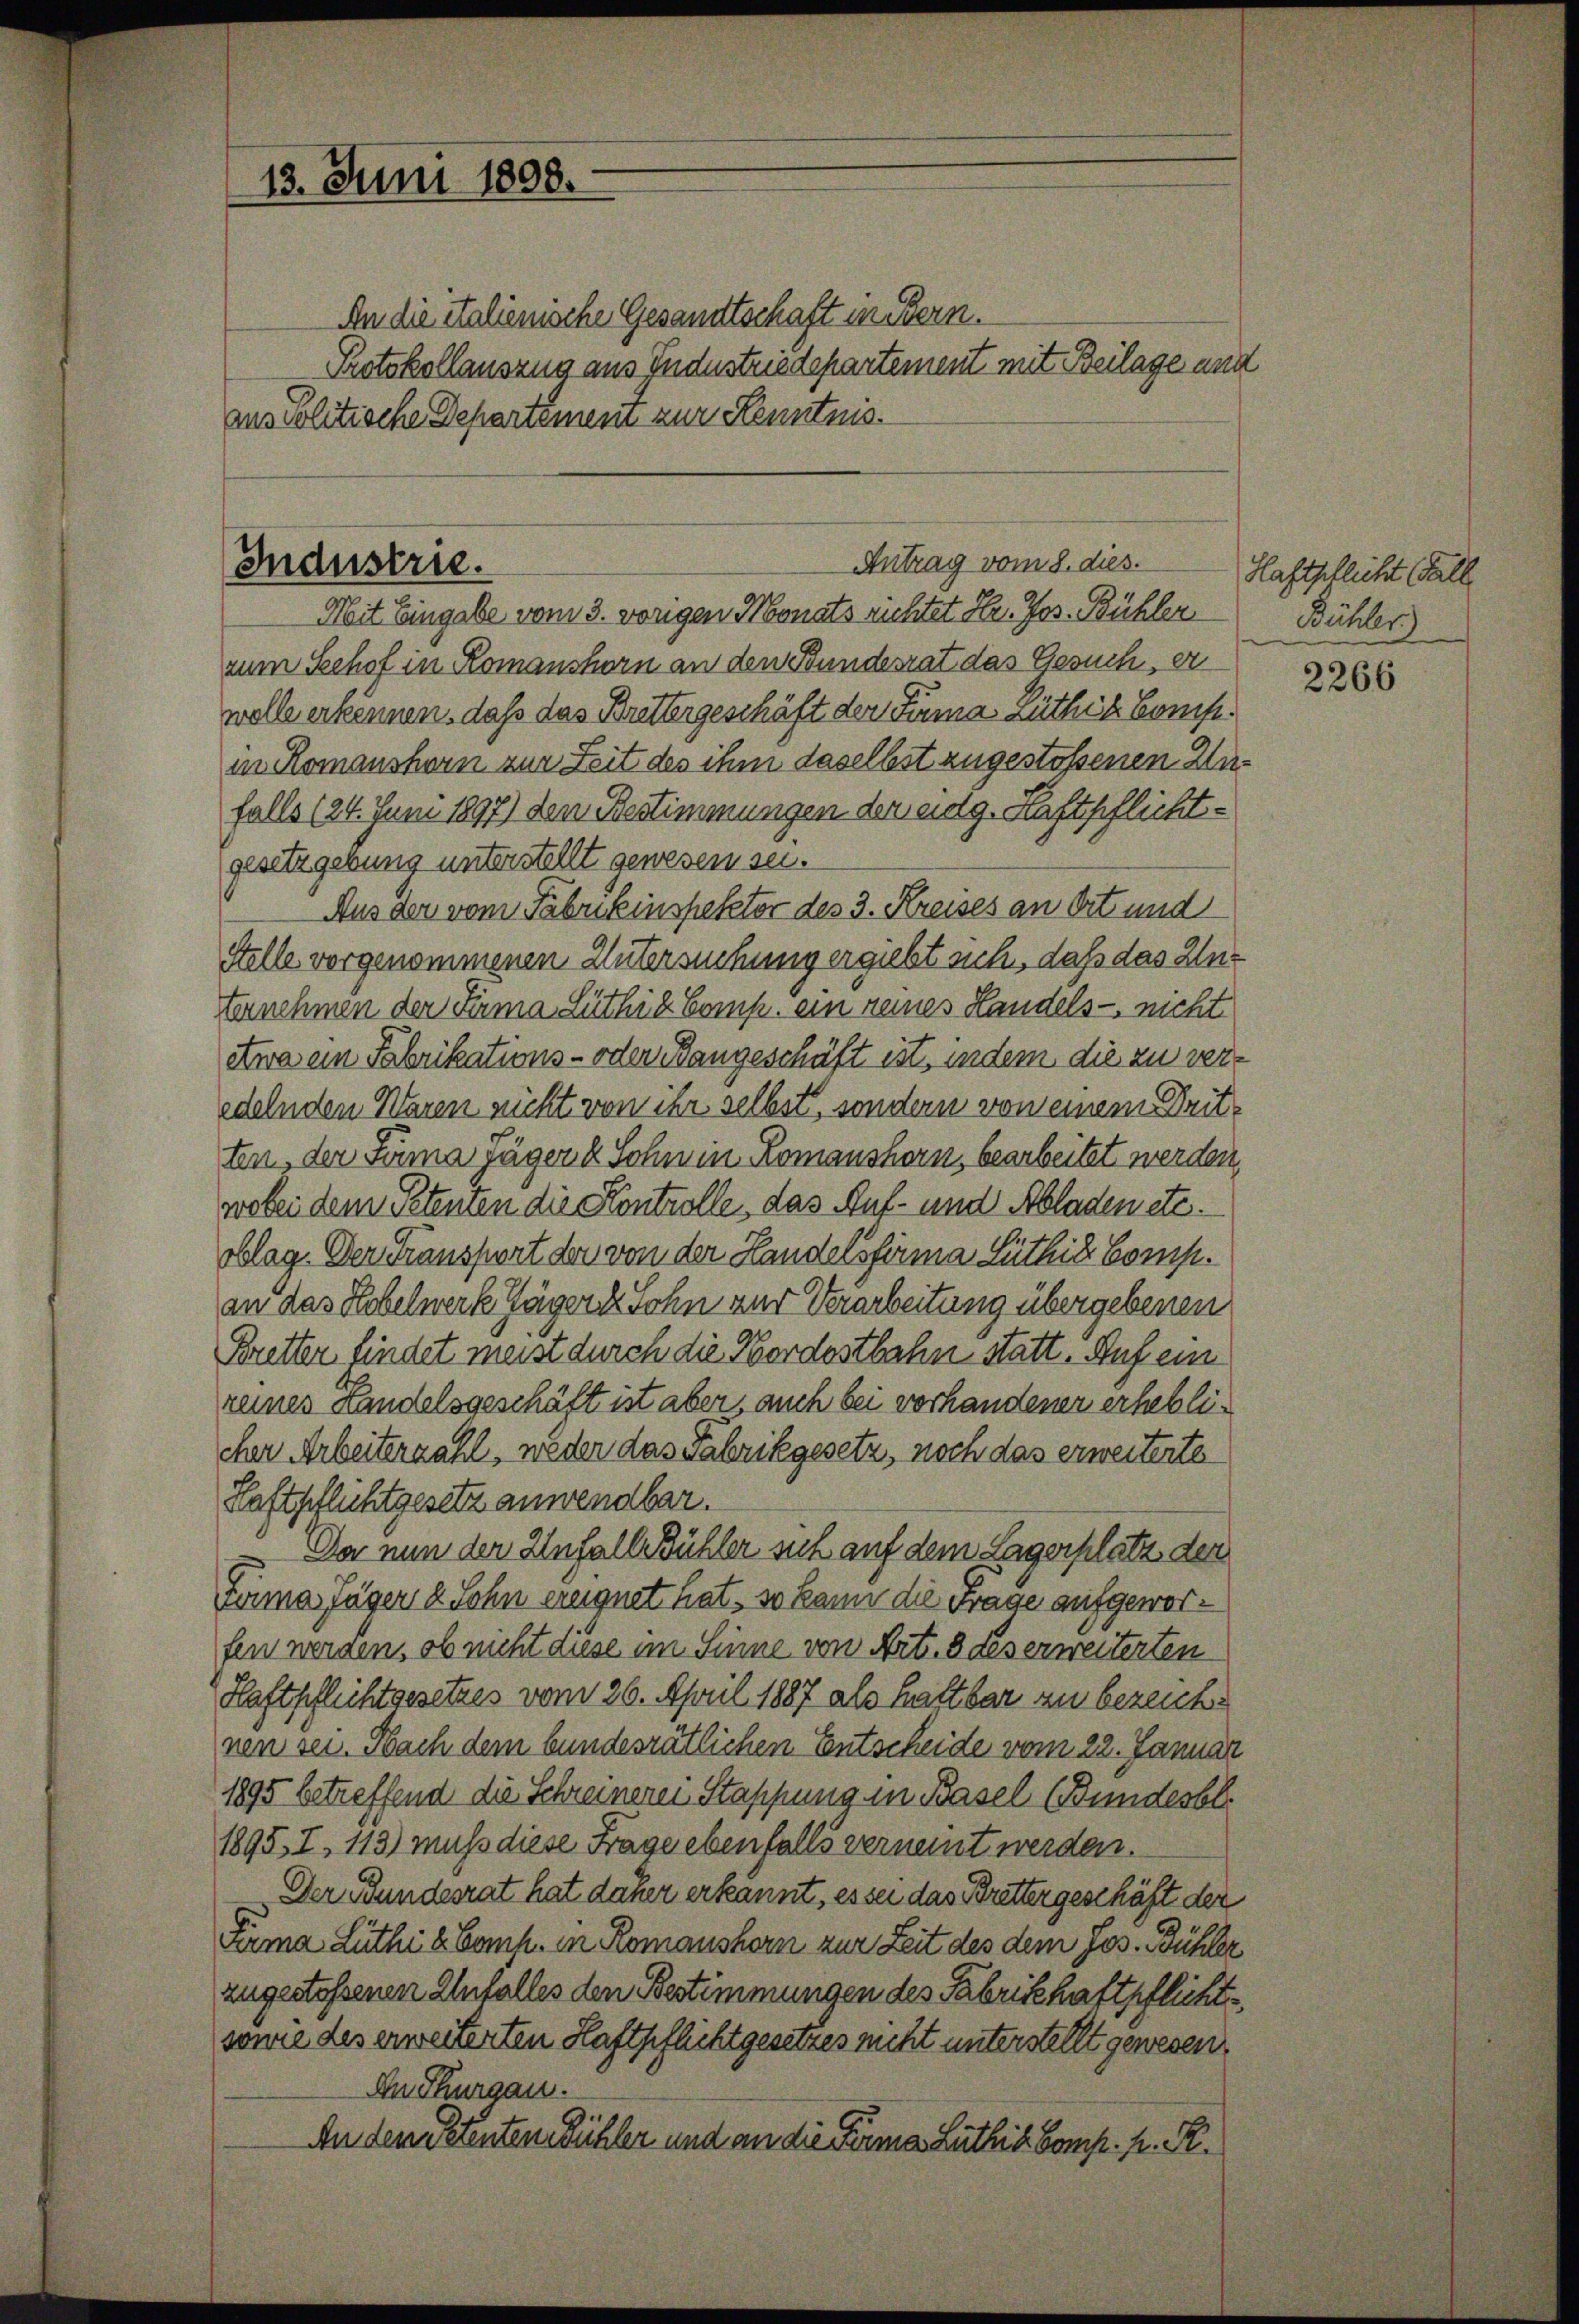
13. Juni 1898.
zuspolitische Departement zur Kenntnis.

Industrie.

An die italienische Gesandtschaft in Bern.
Protokollauszug aus Industriedepartement mit Beilage und

Mit Eingabe vom 3. vorigen Monats richtet Hr. Jos. Bühler
zum Schof in Romanshorn an den Bundesrat das Gesuch, er
wolle erkennen, daß das Brettergeschäft der Fina Lüthik Confein Romanshorn zur Zeit des ihm daselbst zugestoßenen Zufalls (24. Juni 1897) den Bestimmungen dem eidg. Haftpflichtgesetzgebung unterstellt gewesen sei.
Aus der vom Fabrikinspektor des 3. Kreises an Ort und
Stelle vorgenommenen Untersuchung ergiebt sich, daß das Unt
ternehmen der Firma Lüthig Comp. ein reines Landels- nicht
etwa ein Fabrikations- oder Bangeschäft ist, indem die zu veredelnden Waren nicht von ihr selbst, sondern von einem Dritten, der Söma Jäger & Sohn in Romanshorn, bearbeitet werden,
wobei dem Petenten die Kontrolle, das Auf- und Abladen etc.
oblag. Der Transport der von der Handelsfirma Lüthige Comp.
an das Hobelwerk Jäger & Sohn und Verarbeitung übergebenen
Bretter findet meist durch die Nordostbahn statt. Auf ein
reines Landelsgeschäft ist aber, auch bei vorhandener erheblicher Arbeiterzahl, weder das Fabrikgesetz, noch das erweiterte
Haftpflichtgesetz anwendbar.
Da nun der Infalle Bühler sich auf dem Lagerplatz, den
Firma Jäger & Sohn ereignet hat, so kann die Frage aufgeworfen werden, ob nicht diese im Sinne von Art. 8 des erweiterten
Haftpflichtgesetzes vom 26. April 1887 als hattbar zu bezeichnen sei. Nach dem bundesrätlichen Entscheide vom 22. Januar
1895 betreffend die Schreinerei Stappung in Basel (Bundesbl.
1895. I. 113) muss diese Frage ebenfalls verneint werden.
Der Bundesrat hat daher erkannt, es sei das Bretter geschäft der
Fäma Lüthi & Comp. in Romanshorn zur Zeit des dem Jos. Bühler
zugestoßenen Unfalles den Bestimmungen des Fabrikehaftpflichtsonne des erweiterten Haftpflichtgesetzes nicht unterstellt gewesen.
An Thurgau.
An dem Petenten Bühler und an die Firma Lüthige Comp. K. R.

Antrag vom 8. dies.

Haftpflicht (Fall
Bühler

2266